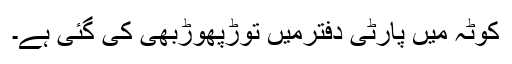
کوٹہ میں پارٹی دفترمیں توڑپھوڑبھی کی گئی ہے۔